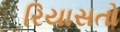
રિયાસતો